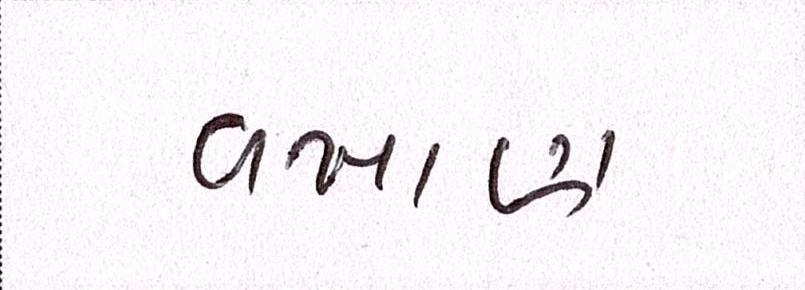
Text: વખાણ